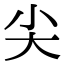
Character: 尖